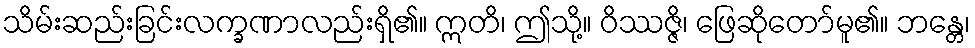
သိမ်းဆည်းခြင်းလက္ခဏာလည်းရှိ၏။ ဣတိ၊ ဤသို့။ ဝိဿဇ္ဇိ၊ ဖြေဆိုတော်မူ၏။ ဘန္တေ၊